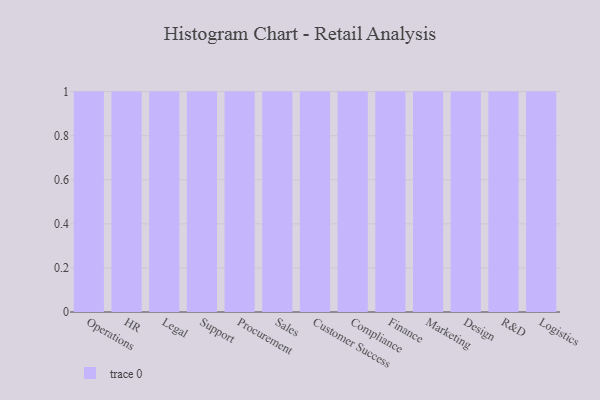
{"axis": {"x": "Department", "y": "Production Output"}, "legend": [""], "data": [{"x": "Operations", "y": 29, "type": ""}, {"x": "HR", "y": 2, "type": ""}, {"x": "Legal", "y": 53, "type": ""}, {"x": "Support", "y": 89, "type": ""}, {"x": "Procurement", "y": 63, "type": ""}, {"x": "Sales", "y": 39, "type": ""}, {"x": "Customer Success", "y": 42, "type": ""}, {"x": "Compliance", "y": 58, "type": ""}, {"x": "Finance", "y": 15, "type": ""}, {"x": "Marketing", "y": 57, "type": ""}, {"x": "Design", "y": 40, "type": ""}, {"x": "R&D", "y": 89, "type": ""}, {"x": "Logistics", "y": 30, "type": ""}]}